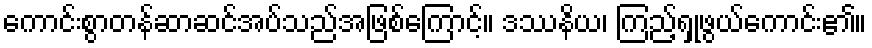
ကောင်းစွာတန်ဆာဆင်အပ်သည်အဖြစ်ကြောင့်။ ဒဿနိယ၊ ကြည့်ရှုဖွယ်ကောင်း၏။